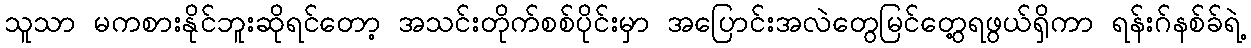
သူသာ မကစားနိုင်ဘူးဆိုရင်တော့ အသင်းတိုက်စစ်ပိုင်းမှာ အပြောင်းအလဲတွေမြင်တွေ့ရဖွယ်ရှိကာ ရန်းဂ်နစ်ခ်ရဲ့